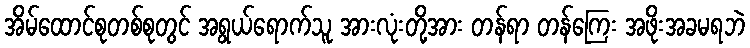
အိမ်ထောင်စုတစ်စုတွင် အရွယ်ရောက်သူ အားလုံးတို့အား တန်ရာ တန်ကြေး အဖိုးအခမရဘဲ